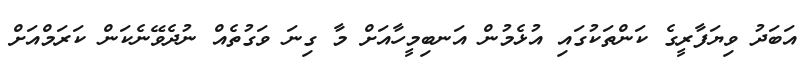
އަބަދު ވިޔަފާރީގެ ކަންތަކުގައި އުޅެމުން އަނބިމީހާއަށް މާ ގިނަ ވަގުތެއް ނުދެވޭނެކަން ކަރަމްއަށް